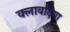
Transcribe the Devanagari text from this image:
क्लावदिया